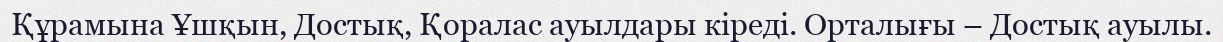
Құрамына Ұшқын, Достық, Қоралас ауылдары кіреді. Орталығы – Достық ауылы.